Report of the Indian Hemp Drugs Commission, 1894-1895 - Volume I
Year: 1894
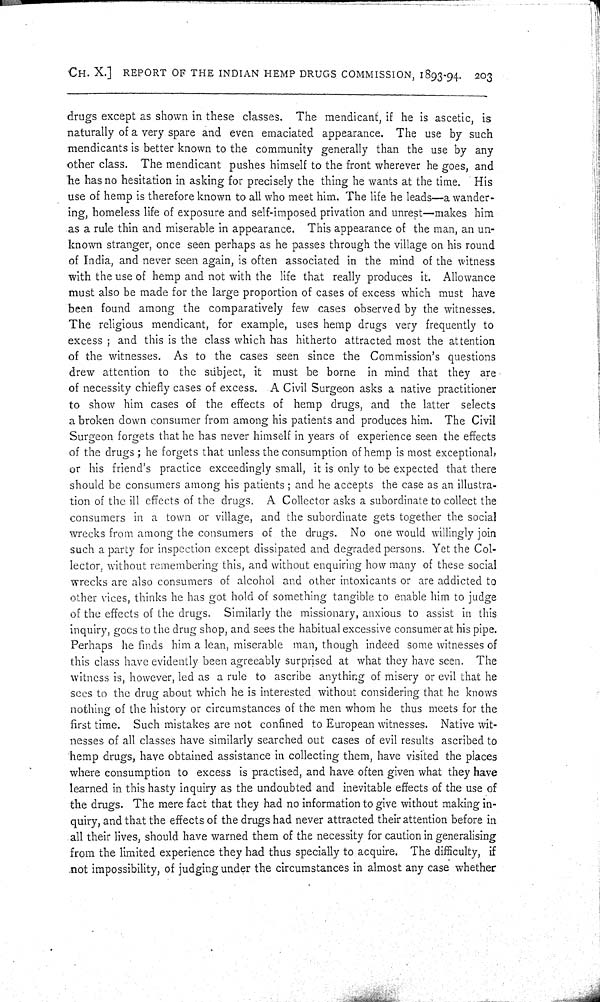
CH. X.] REPORT OF THE INDIAN HEMP DRUGS COMMISSION, 1893-94. 203
drugs except as shown in these classes. The mendicant, if he is ascetic, is
naturally of a very spare and even emaciated appearance. The use by such
mendicants is better known to the community generally than the use by any
other class. The mendicant pushes himself to the front wherever he goes, and
he has no hesitation in asking for precisely the thing he wants at the time. His
use of hemp is therefore known to all who meet him. The life he leads—a wander-
ing, homeless life of exposure and self-imposed privation and unrest—makes him
as a rule thin and miserable in appearance. This appearance of the man, an un-
known stranger, once seen perhaps as he passes through the village on his round
of India, and never seen again, is often associated in the mind of the witness
with the use of hemp and not with the life that really produces it. Allowance
must also be made for the large proportion of cases of excess which must have
been found among the comparatively few cases observed by the witnesses.
The religious mendicant, for example, uses hemp drugs very frequently to
excess; and this is the class which has hitherto attracted most the attention
of the witnesses. As to the cases seen since the Commission's questions
drew attention to the subject, it must be borne in mind that they are
of necessity chiefly cases of excess. A Civil Surgeon asks a native practitioner
to show him cases of the effects of hemp drugs, and the latter selects
a broken down consumer from among his patients and produces him. The Civil
Surgeon forgets that he has never himself in years of experience seen the effects
of the drugs; he forgets that unless the consumption of hemp is most exceptional,
or his friend's practice exceedingly small, it is only to be expected that there
should be consumers among his patients; and he accepts the case as an illustra-
tion of the ill effects of the drugs. A Collector asks a subordinate to collect the
consumers in a town or village, and the subordinate gets together the social
wrecks from among the consumers of the drugs. No one would willingly join
such a party for inspection except dissipated and degraded persons. Yet the Col-
lector, without remembering this, and without enquiring how many of these social
wrecks are also consumers of alcohol and other intoxicants or are addicted to
other vices, thinks he has got hold of something tangible to enable him to judge
of the effects of the drugs. Similarly the missionary, anxious to assist in this
inquiry, goes to the drug shop, and sees the habitual excessive consumer at his pipe.
Perhaps he finds him a lean, miserable man, though indeed some witnesses of
this class have evidently been agreeably surprised at what they have seen. The
witness is, however, led as a rule to ascribe anything of misery or evil that he
sees to the drug about which he is interested without considering that he knows
nothing of the history or circumstances of the men whom he thus meets for the
first time. Such mistakes are not confined to European witnesses. Native wit-
nesses of all classes have similarly searched out cases of evil results ascribed to
hemp drugs, have obtained assistance in collecting them, have visited the places
where consumption to excess is practised, and have often given what they have
learned in this hasty inquiry as the undoubted and inevitable effects of the use of
the drugs. The mere fact that they had no information to give without making in-
quiry, and that the effects of the drugs had never attracted their attention before in
all their lives, should have warned them of the necessity for caution in generalising
from the limited experience they had thus specially to acquire. The difficulty, if
not impossibility, of judging under the circumstances in almost any case whether